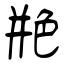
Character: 艵